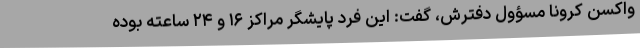
واکسن کرونا مسؤول دفترش، گفت: این فرد پایشگر مراکز ۱۶ و ۲۴ ساعته بوده